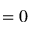
= 0